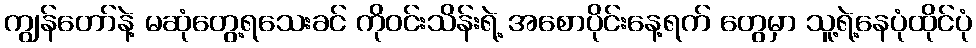
ကျွန်တော်နဲ့ မဆုံတွေ့ရသေးခင် ကိုဝင်းသိန်းရဲ့ အစောပိုင်းနေ့ရက် တွေမှာ သူ့ရဲ့နေပုံထိုင်ပုံ